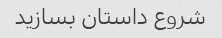
شروع داستان بسازید